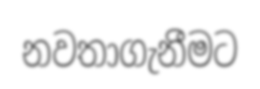
නවතාගැනීමට